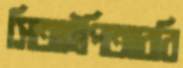
সিআইপিআরবি